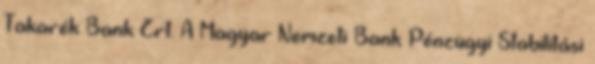
Takarék Bank Zrt. A Magyar Nemzeti Bank Pénzügyi Stabilitási